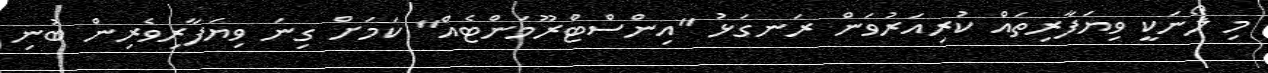
މި ލޯނަކީ ވިޔަފާރިތައް ކުރިއަރުވަން ރަނގަޅު "އިންސްޓްރޫމަންޓެއް" ކަމަށް ގިނަ ވިޔަފާރިވެރިން ބުނި